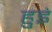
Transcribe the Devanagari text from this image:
हुइं